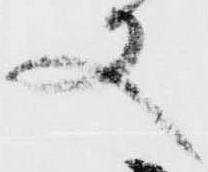
又